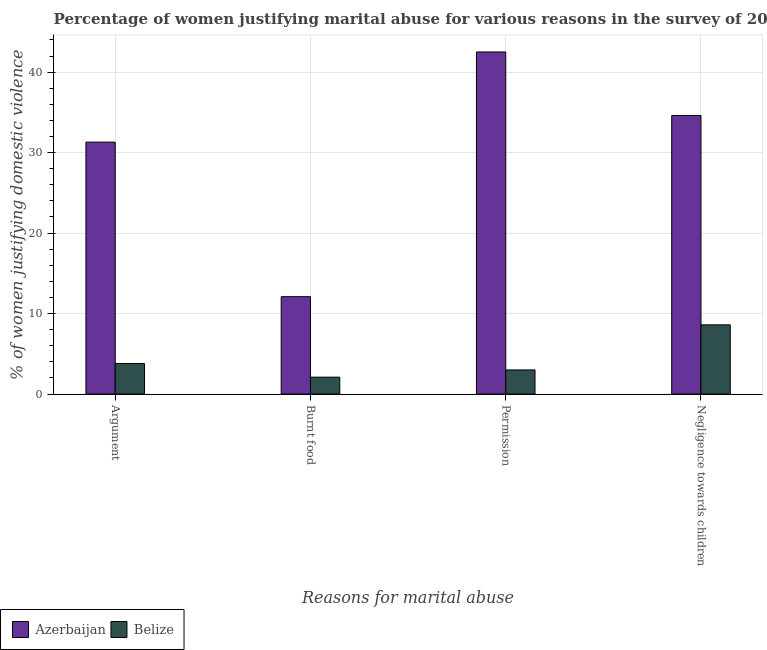
| Reasons for marital abuse | Azerbaijan | Belize |
 | --- | --- | --- |
 | Argument | 31.3 | 3.8 |
 | Burnt food | 12.1 | 2.1 |
 | Permission | 42.5 | 3 |
 | Negligence towards children | 34.6 | 8.6 |